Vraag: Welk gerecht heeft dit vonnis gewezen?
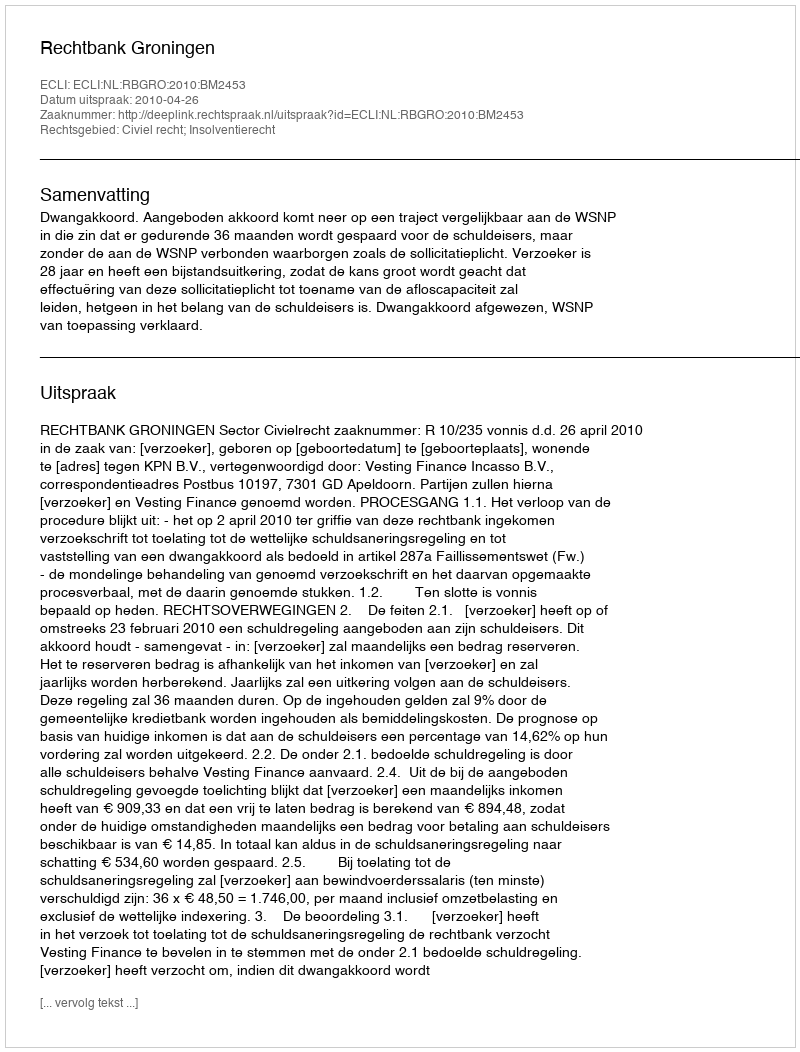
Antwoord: Rechtbank Groningen